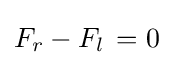
F_{r}-F_{l}\,=0